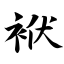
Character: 袱